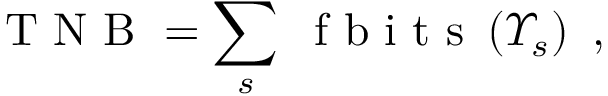
\mathrm { ~ T ~ N ~ B ~ } = \sum _ { s } \; \mathrm { ~ f ~ b ~ i ~ t ~ s ~ } \left( \varUpsilon _ { s } \right) \mathrm { ~ , ~ }